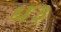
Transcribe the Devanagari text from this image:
ध३